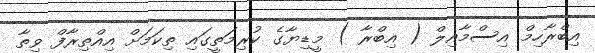
އިބްރާހިމް އިސްމާއިލް ( އިބްރާ ) މީޑިޔާގެ ކުރިމަތީގައި ތިކަމަށް އިއްތިރާފް ވިތާ